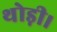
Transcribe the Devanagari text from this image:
थोड़ी।